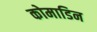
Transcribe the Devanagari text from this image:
कोमाडिन